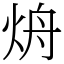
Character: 烐